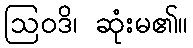
ဩဝဒိ၊ ဆုံးမ၏။